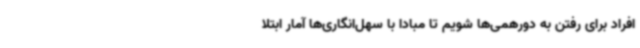
افراد برای رفتن به دورهمی‌ها شویم تا مبادا با سهل‌انگاری‌ها آمار ابتلا